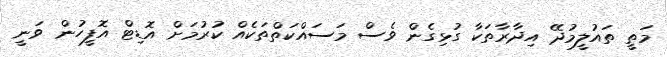
މަތީ ތައުލީމުދޭ އިދާރާތަކާ ގުޅިގެން ވެސް މަސައްކަތްތަކެއް ކުރުމަށް އޮޑިޓް އޮފީހުން ވަނީ